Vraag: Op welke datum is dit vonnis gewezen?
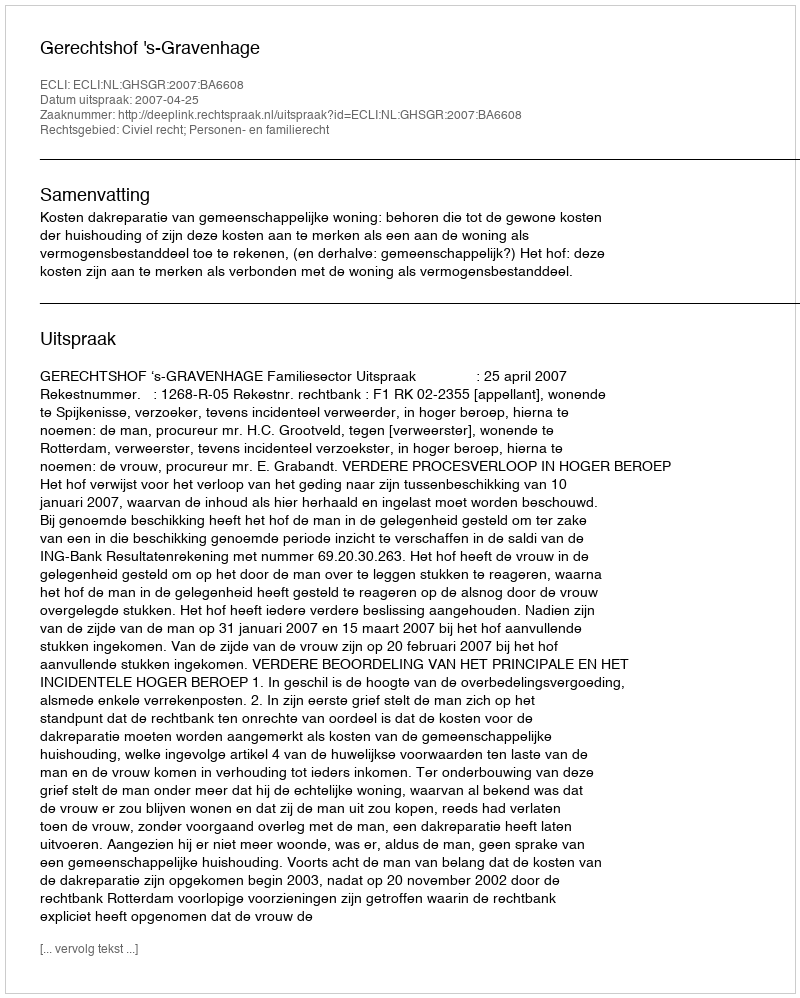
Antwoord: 2007-04-25